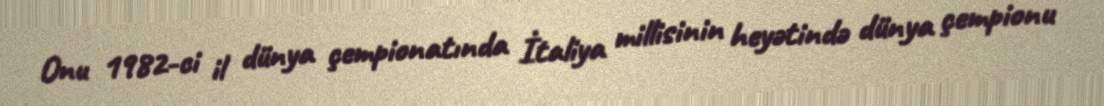
Onu 1982-ci il dünya çempionatında İtaliya millisinin heyətində dünya çempionu